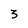
Character: 3